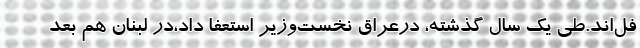
فل‌اند.طی یک سال گذشته، درعراق نخست‌وزیر استعفا داد،در لبنان هم بعد